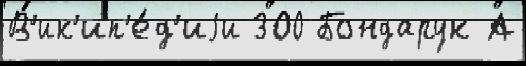
В'ик'ип'е́д'иjи 300 Бондарук А